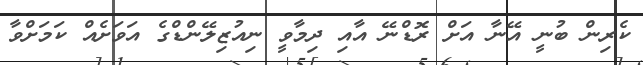
ކެރިން ބުނީ އޭނާ އަށް ރޮޑްނޭ އާއި ދިމާވީ ނިއުޒިލޭންޑްގެ އަވަށެއް ކަމަށްވާ